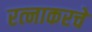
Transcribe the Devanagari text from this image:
रत्‍नाकरचे